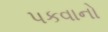
પકવાનો